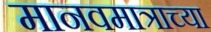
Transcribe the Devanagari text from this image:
मानवमात्राच्या